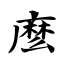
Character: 麽